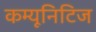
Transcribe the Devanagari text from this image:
कम्यूनिटिज